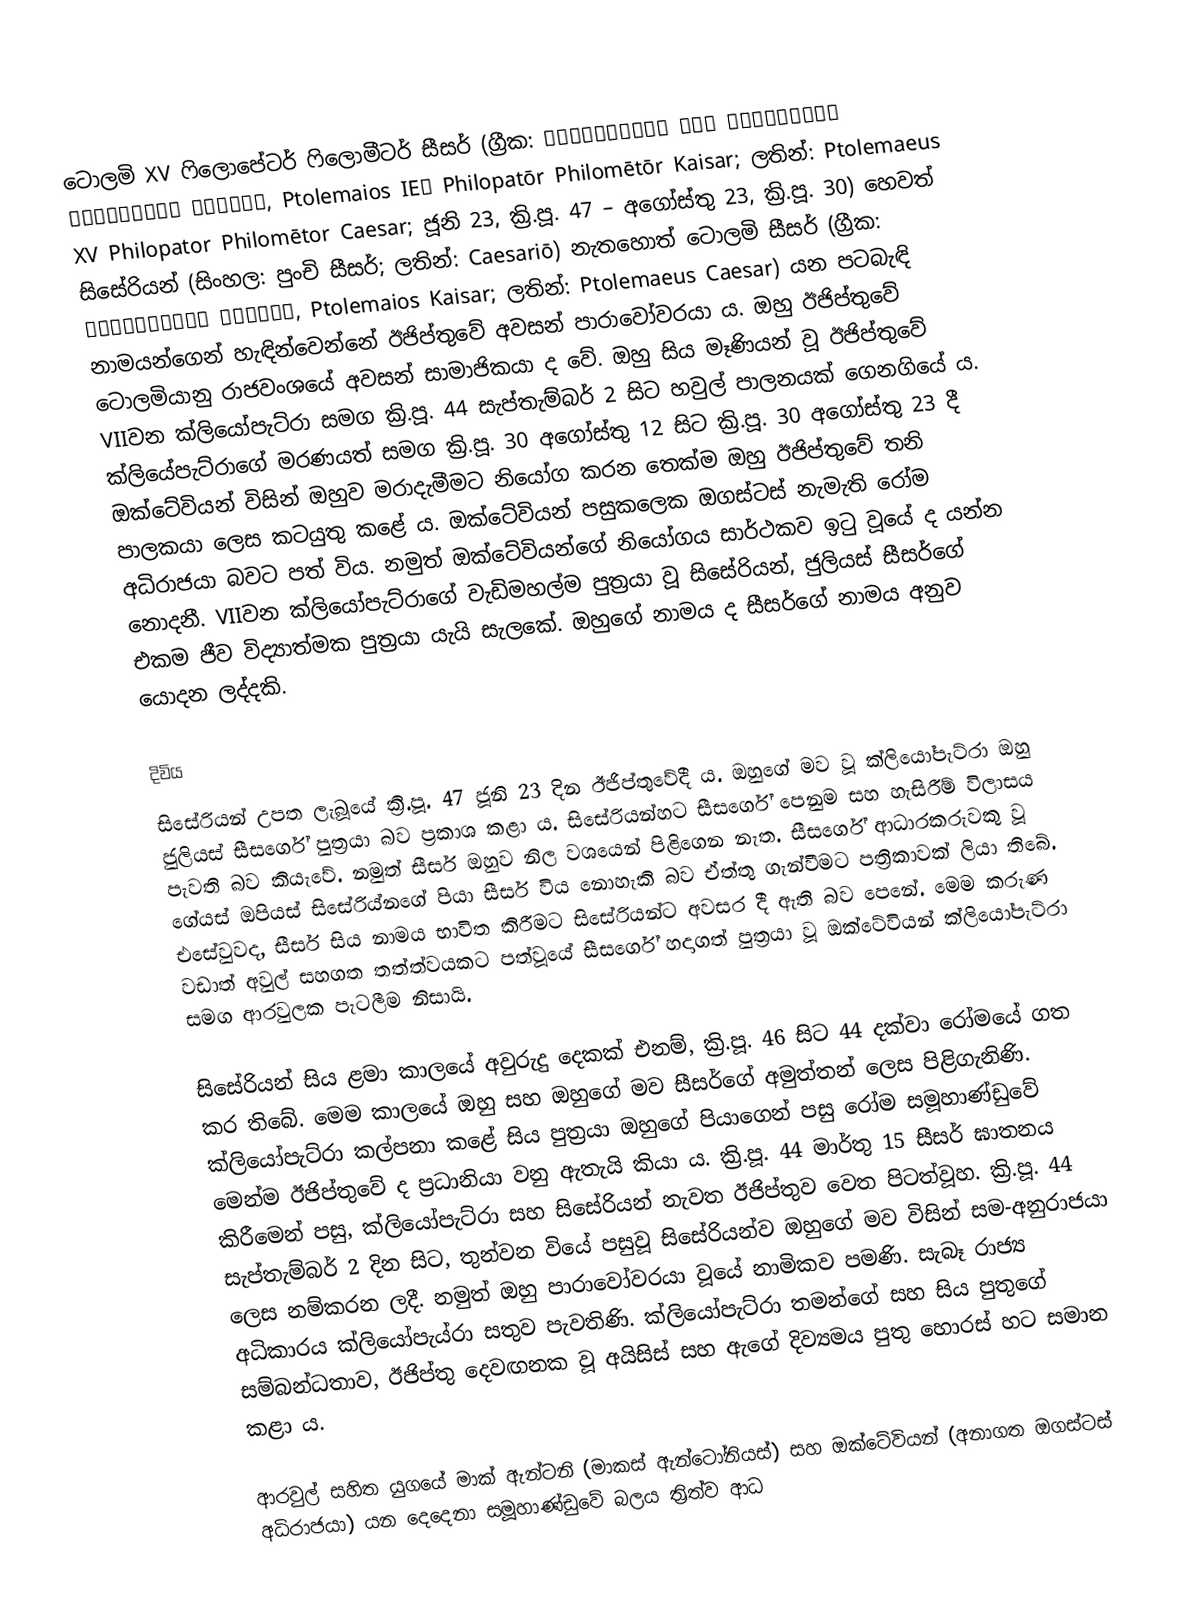
ටොලමි XV ෆිලොපේටර් ෆිලොමීටර් සීසර් (ග්‍රීක: Πτολεμαῖος ΙΕʹ Φιλοπάτωρ Φιλομήτωρ Καῖσαρ, Ptolemaios IEʹ Philopatōr Philomētōr Kaisar; ලතින්: Ptolemaeus XV Philopator Philomētor Caesar; ජූනි 23, ක්‍රි.පූ. 47 – අගෝස්තු 23, ක්‍රි.පූ. 30) හෙවත් සිසේරියන් (සිංහල: පුංචි සීසර්; ලතින්: Caesariō) නැතහොත් ටොලමි සීසර් (ග්‍රීක: Πτολεμαῖος Καῖσαρ, Ptolemaios Kaisar; ලතින්: Ptolemaeus Caesar) යන පටබැඳි නාමයන්ගෙන් හැඳින්වෙන්නේ ඊජිප්තුවේ අවසන් පාරාවෝවරයා ය. ඔහු ඊජිප්තුවේ ටොලමියානු රාජවංශයේ අවසන් සාමාජිකයා ද වේ. ඔහු සිය මෑණියන් වූ ඊජිප්තුවේ VIIවන ක්ලියෝපැට්රා සමග ක්‍රි.පූ. 44 සැප්තැම්බර් 2 සිට හවුල් පාලනයක් ගෙනගියේ ය. ක්ලියේපැට්රාගේ මරණයත් සමග ක්‍රි.පූ. 30 අගෝස්තු 12 සිට ක්‍රි.පූ. 30 අගෝස්තු 23 දී ඔක්ටේවියන් විසින් ඔහුව මරාදැමීමට නියෝග කරන තෙක්ම ඔහු ඊජිප්තුවේ තනි පාලකයා ලෙස කටයුතු කළේ ය. ඔක්ටේවියන් පසුකලෙක ඔගස්ටස් නැමැති රෝම අධිරාජයා බවට පත් විය. නමුත් ඔක්ටේවියන්ගේ නියෝගය සාර්ථකව ඉටු වූයේ ද යන්න නොදනී. VIIවන ක්ලියෝපැට්රාගේ වැඩිමහල්ම පුත්‍රයා වූ සිසේරියන්, ජුලියස් සීසර්ගේ එකම ජීව විද්‍යාත්මක පුත්‍රයා යැයි සැලකේ. ඔහුගේ නාමය ද සීසර්ගේ නාමය අනුව යොදන ලද්දකි.

දිවිය
සිසේරියන් උපත ලැබූයේ ක්‍රි.පූ. 47 ජූනි 23 දින ඊජිප්තුවේදී ය. ඔහුගේ මව වූ ක්ලියෝපැට්රා ඔහු ජුලියස් සීසර්ගේ පුත්‍රයා බව ප්‍රකාශ කළා ය. සිසේරියන්හට සීසර්ගේ පෙනුම සහ හැසිරීම් විලාසය පැවති බව කියැවේ. නමුත් සීසර් ඔහුව නිල වශයෙන් පිළිගෙන නැත. සීසර්ගේ ආධාරකරුවකු වූ ගේයස් ඔපියස් සිසේරිය්නගේ පියා සීසර් විය නොහැකි බව ඒත්තු ගැන්වීමට පත්‍රිකාවක් ලියා තිබේ. එසේවුවද, සීසර් සිය නාමය භාවිත කිරීමට සිසේරියන්ට අවසර දී ඇති බව පෙනේ. මෙම කරුණ වඩාත් අවුල් සහගත තත්ත්වයකට පත්වූයේ සීසර්ගේ හදාගත් පුත්‍රයා වූ ඔක්ටේවියන් ක්ලියෝපැට්රා සමග ආරවුලක පැටලීම නිසායි.

සිසේරියන් සිය ළමා කාලයේ අවුරුදු දෙකක් එනම්, ක්‍රි.පූ. 46 සිට 44 දක්වා රෝමයේ ගත කර තිබේ. මෙම කාලයේ ඔහු සහ ඔහුගේ මව සීසර්ගේ අමුත්තන් ලෙස පිළිගැනිණි. ක්ලියෝපැට්රා කල්පනා කළේ සිය පුත්‍රයා ඔහුගේ පියාගෙන් පසු රෝම සමූහාණ්ඩුවේ මෙන්ම ඊජිප්තුවේ ද ප්‍රධානියා වනු ඇතැයි කියා ය. ක්‍රි.පූ. 44 මාර්තු 15 සීසර් ඝාතනය කිරීමෙන් පසු, ක්ලියෝපැට්රා සහ සිසේරියන් නැවත ඊජිප්තුව වෙත පිටත්වූහ. ක්‍රි.පූ. 44 සැප්තැම්බර් 2 දින සිට, තුන්වන වියේ පසුවූ සිසේරියන්ව ඔහුගේ මව විසින් සම-අනුරාජයා ලෙස නම්කරන ලදී. නමුත් ඔහු පාරාවෝවරයා වූයේ නාමිකව පමණි. සැබෑ රාජ්‍ය අධිකාරය ක්ලියෝපැය්රා සතුව පැවතිණි. ක්ලියෝපැට්රා තමන්ගේ සහ සිය පුතුගේ සම්බන්ධතාව, ඊජිප්තු දෙවඟනක වූ අයිසිස් සහ ඇගේ දිව්‍යමය පුතු හොරස් හට සමාන කළා ය.

ආරවුල් සහිත යුගයේ මාක් ඇන්ටනි (මාකස් ඇන්ටෝනියස්) සහ ඔක්ටේවියන් (අනාගත ඔගස්ටස් අධිරාජයා) යන දෙදෙනා සමූහාණ්ඩුවේ බලය ත්‍රිත්ව ආධ